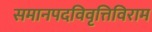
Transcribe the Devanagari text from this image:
समानपदविवृत्तिविराम